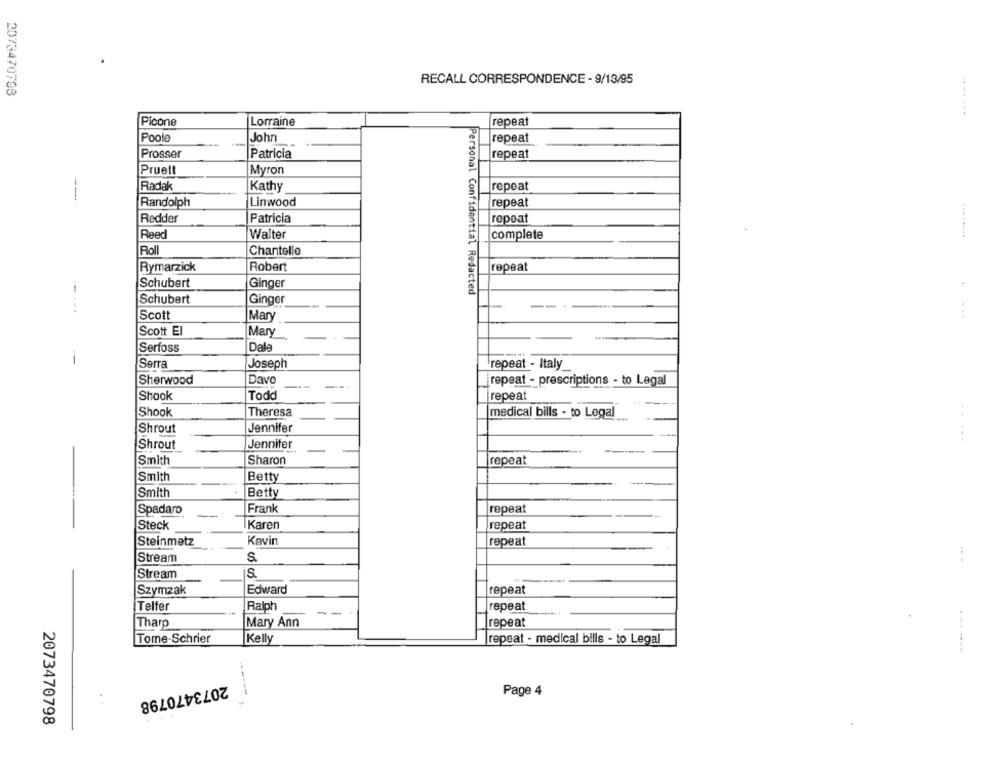
RECALL CORRESPONDENCE - 9/13/95
2073470708
Picone
Lorraine
repeat
Poole
John
repeat
Prosser
repeat
Patricia
Pruett
Myron
Radak
Kathy
repeat
Randolph
Linwood
repeat
Redder
Patricia
repeat
Reed
Walter
complete
Roll
Chantelle
Rymarzick
Robert
repeat
Ginger
Schubert
Personal Confidential Redacted
Schubert
Ginger
....
Scott
Mary
Scott El
Mary
Serfoss
Dale
-
Serra
Joseph
repeat - Italy
Sherwood
Dave
repeat - prescriptions - to Legal
Shook
Todd
repeat
Shook
Theresa
medical bills - to Legal
Jennifer
Shrout
Jennifer
Shrout
-----
Smith
Sharon
repeat
Smith
Betty
--
Smith
Betty
Spadaro
Frank
repeat
Steck
Karen
repeat
Steinmetz
Kevin
repeat
S
Stream
Stream
S.
Szymzak
Edward
repeat
Telfer
Ralph
repeat
Tharp
Mary Ann
repeat
Tome-Schrier
Kelly
repeat - medical bills - to Legal
--- ---
2073470798
Page 4
. .
2073470798